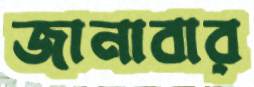
জানাবার